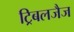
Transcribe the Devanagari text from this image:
ट्रिबलजैज